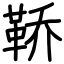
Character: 鞒